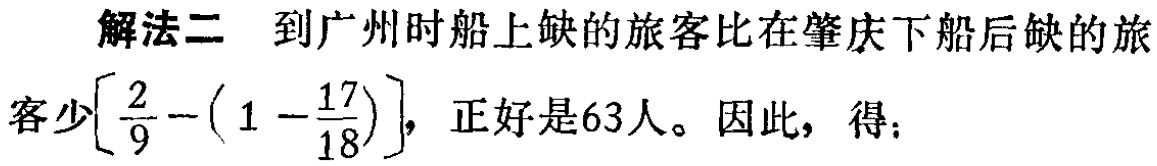
解法二 到广州时船上缺的旅客比在肇庆下船后缺的旅

客少\(\left[\frac{2}{9}-\left(1 - \frac{17}{18}\right)\right]\)，正好是63人。因此，得：